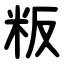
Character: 粄